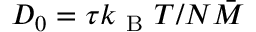
D _ { 0 } = \tau k _ { \mathrm { ~ B ~ } } T / N \bar { M }